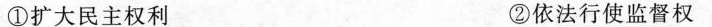
①扩大民主权利 ②依法行使监督权